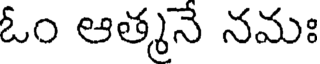
ఓం ఆత్మనే నమః